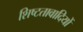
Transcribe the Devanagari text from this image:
शिष्टतावादियों